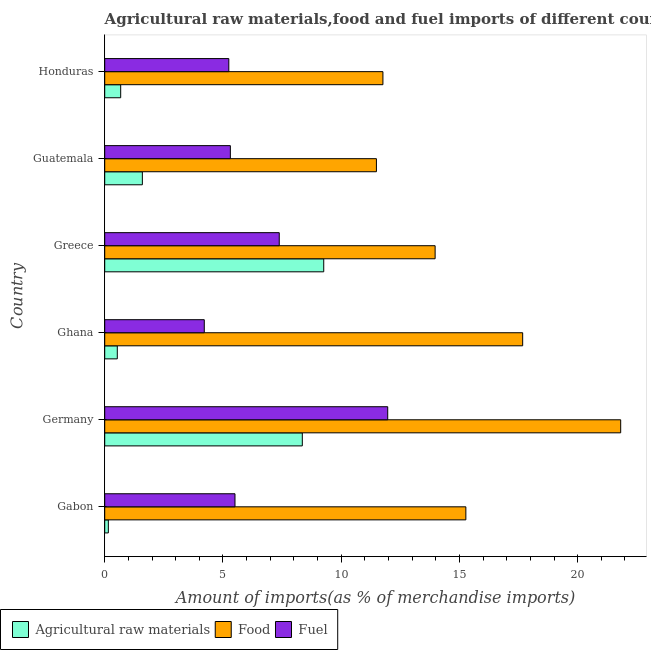
| Country | Agricultural raw materials | Food | Fuel |
 | --- | --- | --- | --- |
 | Gabon | 0.153 | 15.3 | 5.51 |
 | Germany | 8.36 | 21.8 | 12 |
 | Ghana | 0.532 | 17.7 | 4.21 |
 | Greece | 9.26 | 14 | 7.38 |
 | Guatemala | 1.59 | 11.5 | 5.31 |
 | Honduras | 0.675 | 11.8 | 5.25 |